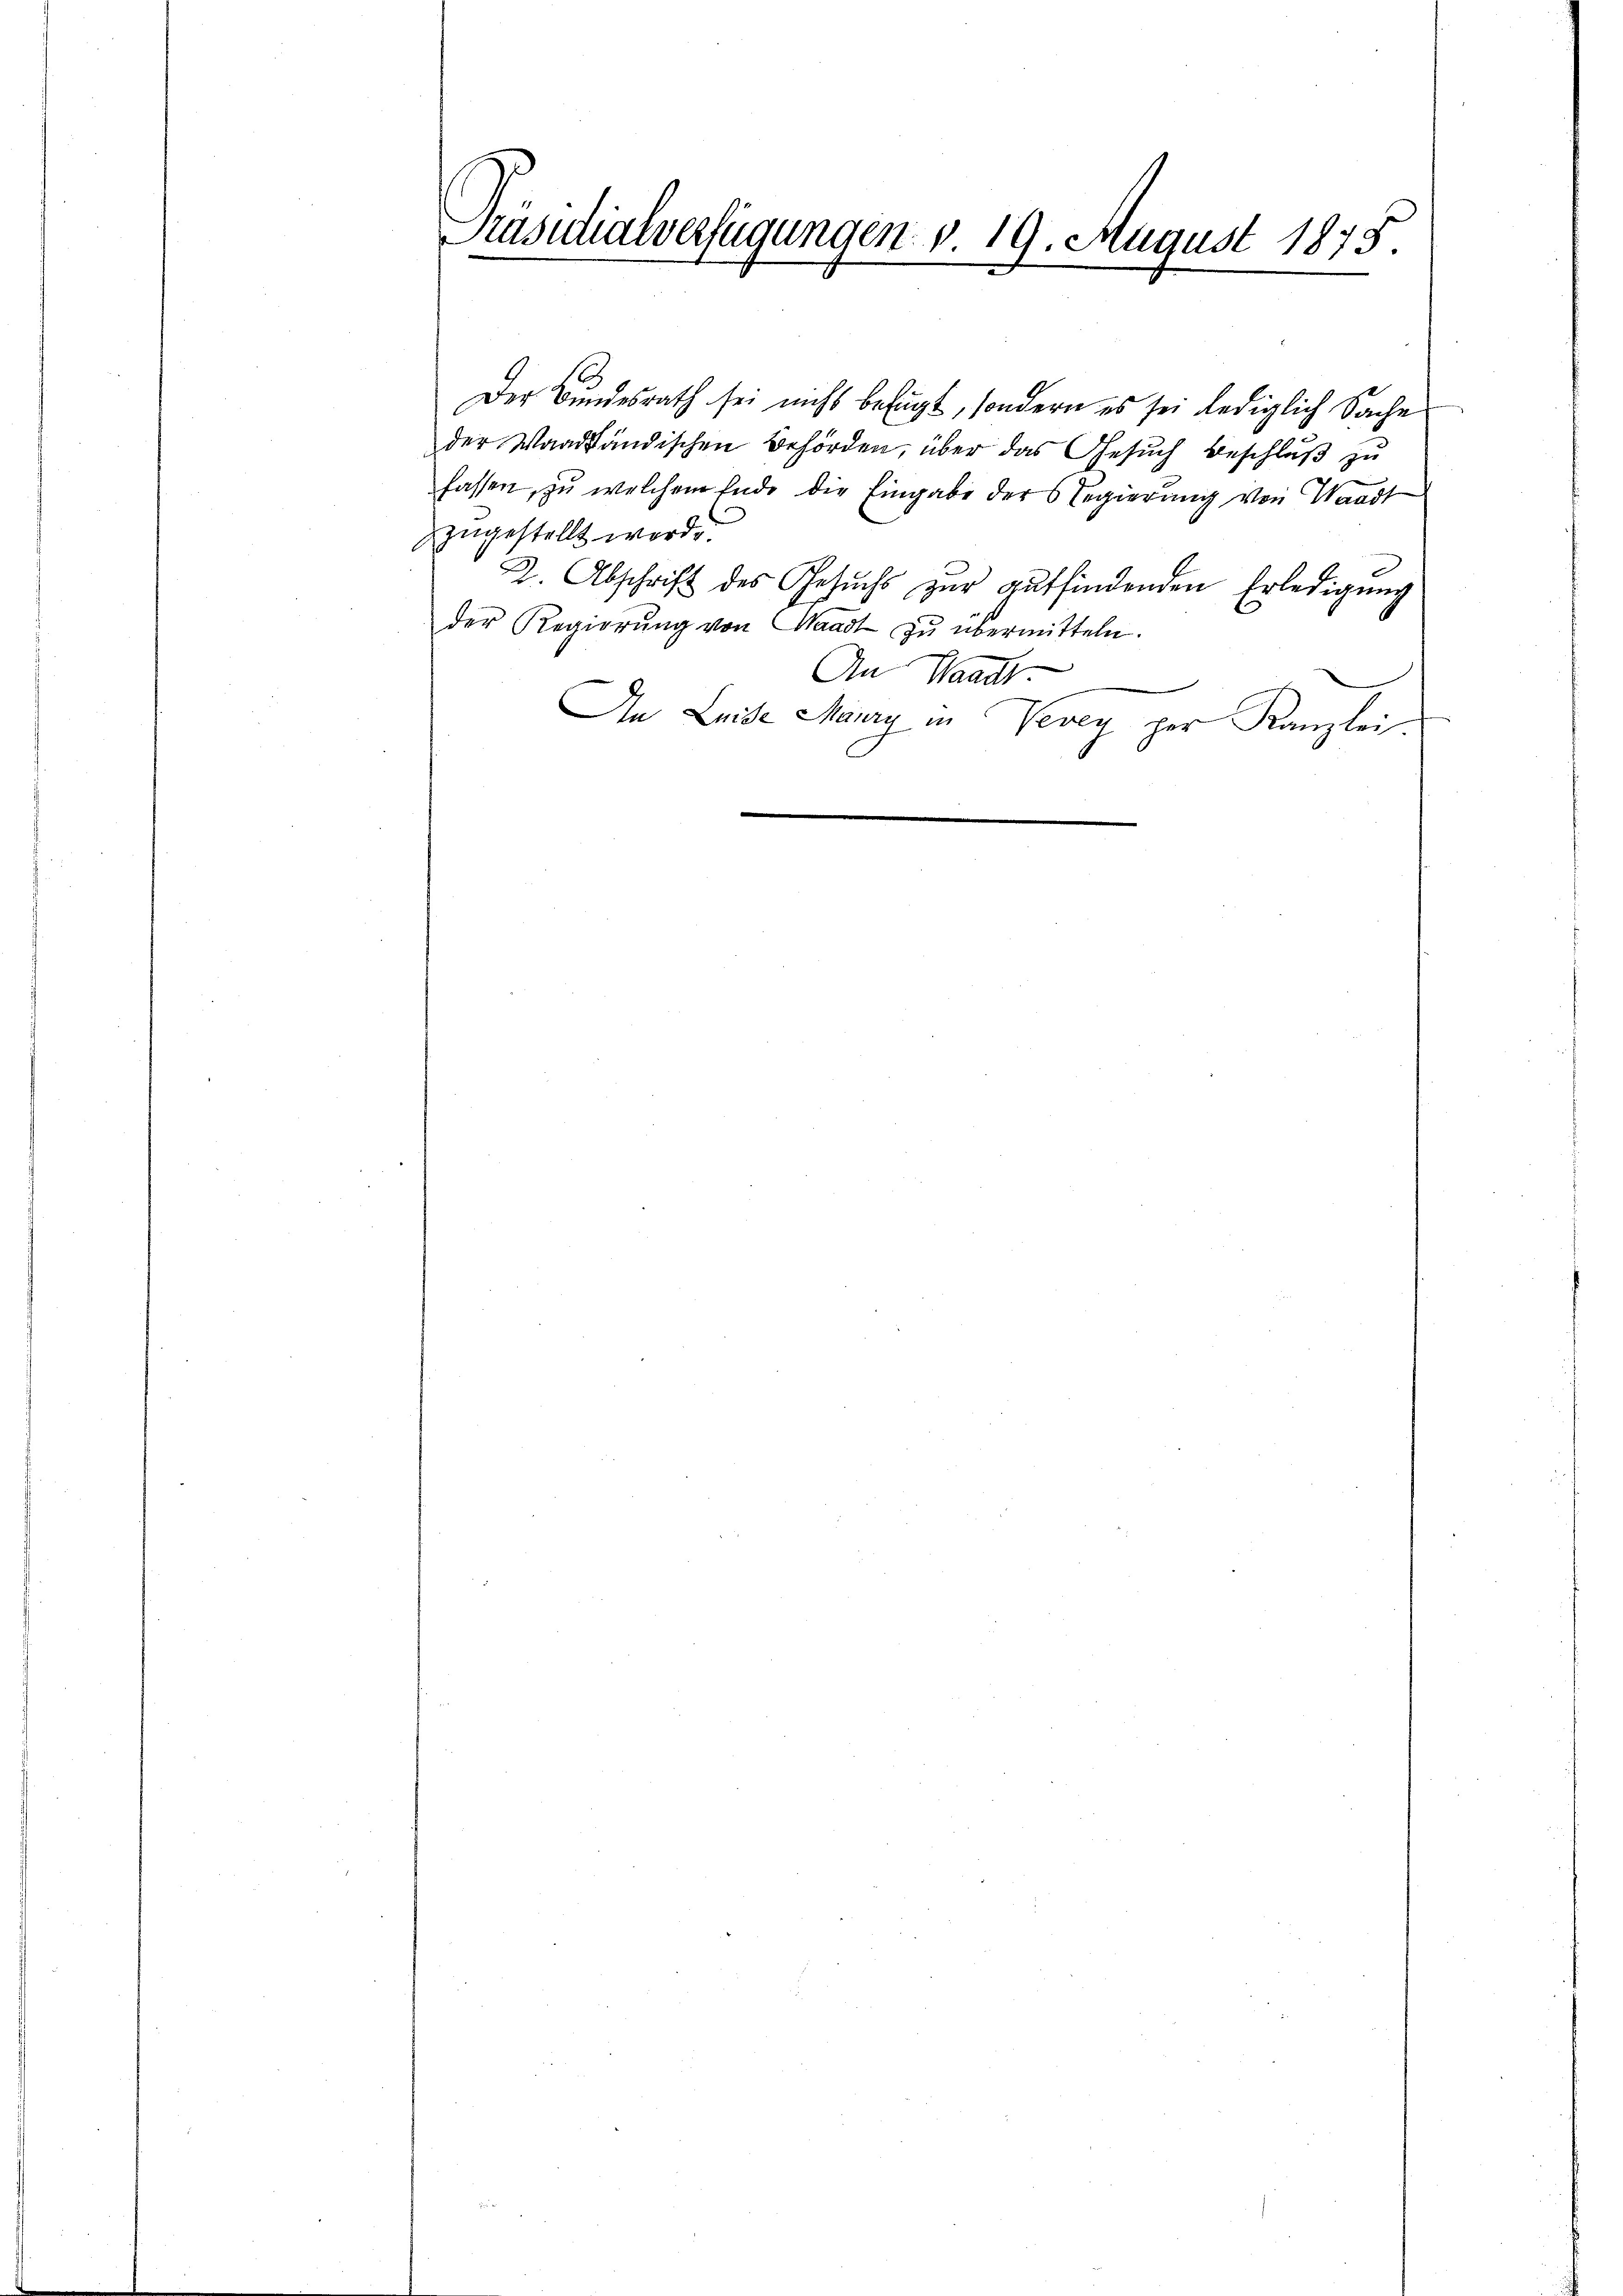
Präsidialverfügungen v. 19. August 1875.

Der Bundesrath sei nicht befugt, sondern es sei lediglich Sache
der Waadtländischen Behörden, über das Gesŭch beschlŭβ zŭ
fassen, zu welchem Ende die Eingabe der Regierung von Waadt
zzugestellt werde.
2. Abschrift des Gesŭchs zŭr gŭtfindenden Erledigŭng
der Regierŭng von Waadt zu übermitteln.
An Waadt

In Leide Maury in Vevey per Kanzlei